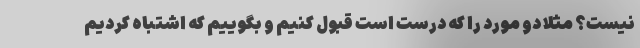
نیست؟ مثلاً دو مورد را که درست است قبول کنیم و بگوییم که اشتباه کردیم